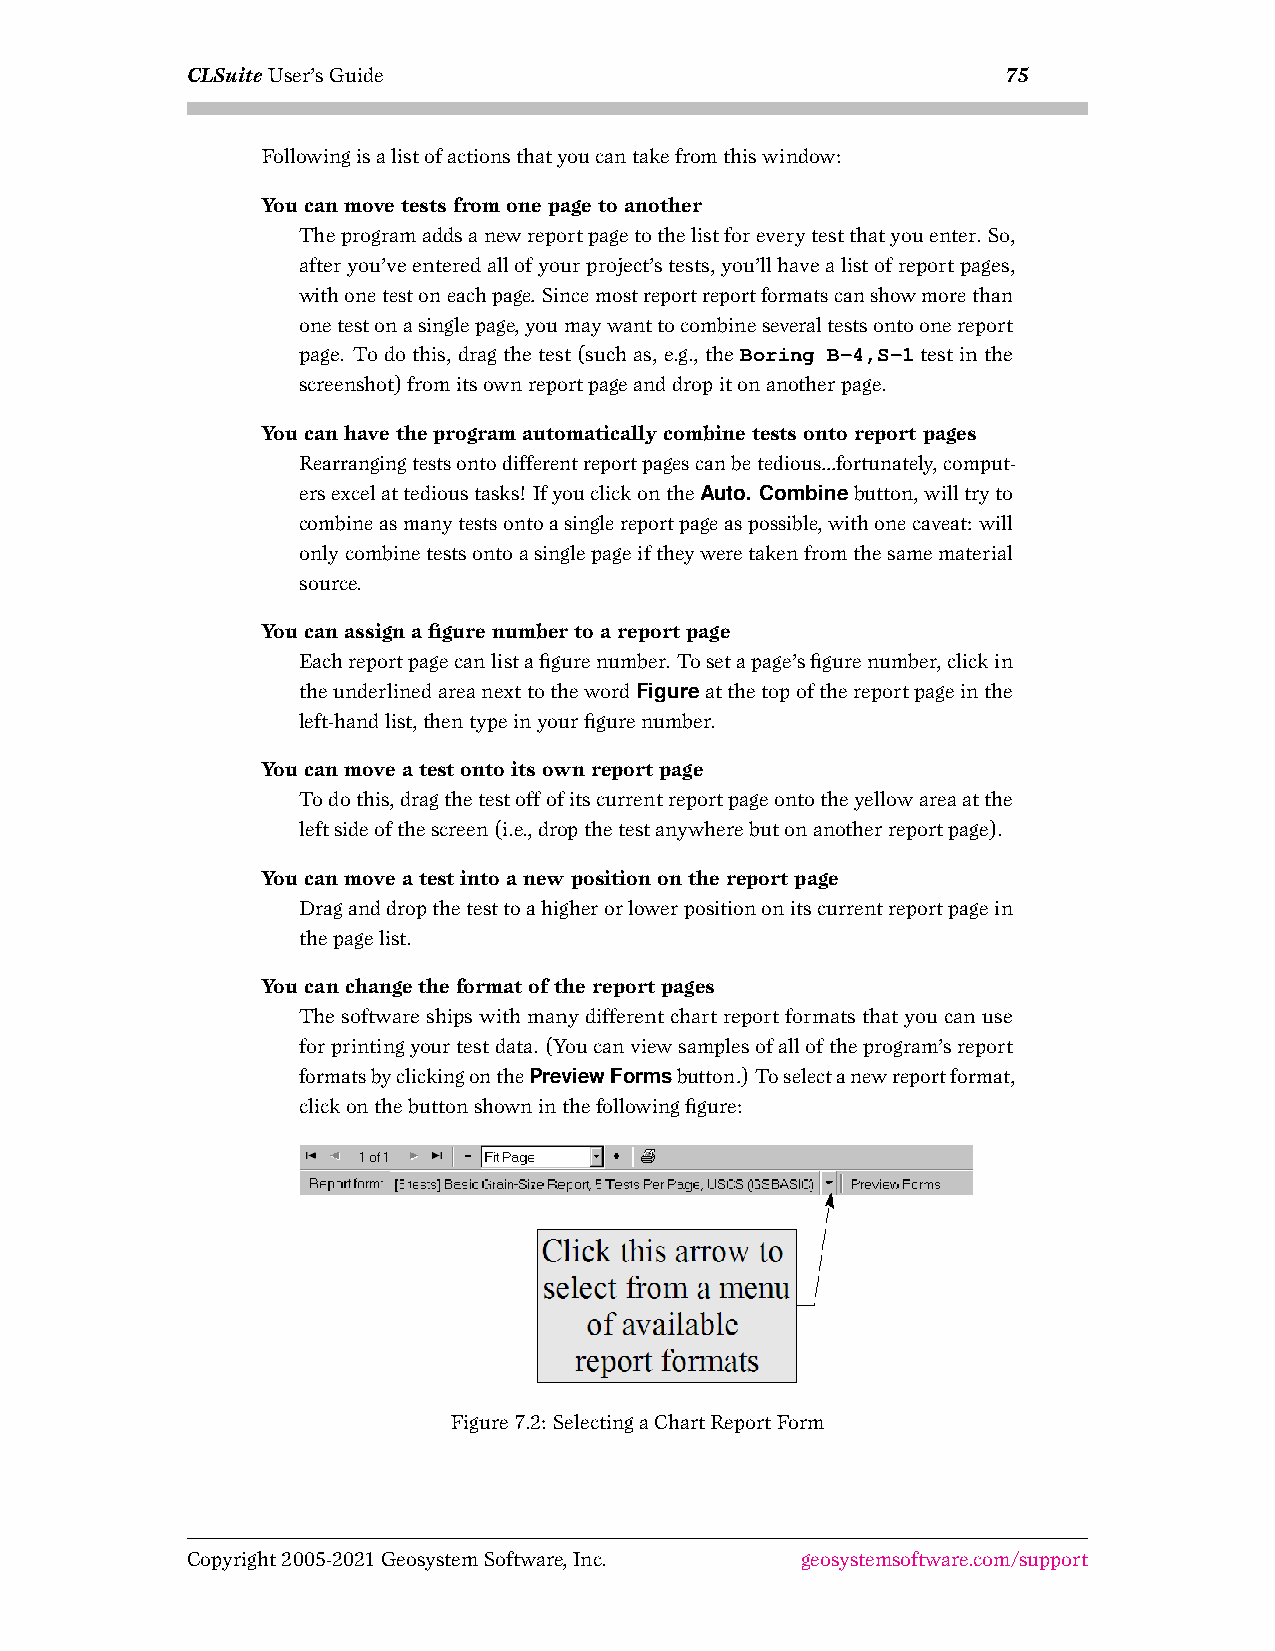
CLSuiteUser’sGuide                                     75
 Followingisalistofactionsthatyoucantakefromthiswindow:
 Youcanmovetestsfromonepagetoanother
 Theprogramaddsanewreportpagetothelistforeverytestthatyouenter. So,
 afteryou’veenteredallofyourproject’stests,you’llhavealistofreportpages,
 withonetestoneachpage. Sincemostreportreportformatscanshowmorethan
 onetestonasinglepage,youmaywanttocombineseveraltestsontoonereport
 page. Todothis,dragthetest(suchas,e.g.,theBoring B-4,S-1testinthe
 screenshot)fromitsownreportpageanddropitonanotherpage.
 Youcanhavetheprogramautomaticallycombinetestsontoreportpages
 Rearrangingtestsontodifferentreportpagescanbetedious...fortunately,comput-
 ersexcelattedioustasks! IfyouclickontheAuto. Combinebutton,willtryto
 combineasmanytestsontoasinglereportpageaspossible,withonecaveat: will
 onlycombinetestsontoasinglepageiftheyweretakenfromthesamematerial
 source.
 Youcanassignafigurenumbertoareportpage
 Eachreportpagecanlistafigurenumber. Tosetapage’sfigurenumber,clickin
 theunderlinedareanexttothewordFigureatthetopofthereportpageinthe
 left-handlist,thentypeinyourfigurenumber.
 Youcanmoveatestontoitsownreportpage
 Todothis,dragthetestoffofitscurrentreportpageontotheyellowareaatthe
 leftsideofthescreen(i.e.,dropthetestanywherebutonanotherreportpage).
 Youcanmoveatestintoanewpositiononthereportpage
 Draganddropthetesttoahigherorlowerpositiononitscurrentreportpagein
 thepagelist.
 Youcanchangetheformatofthereportpages
 Thesoftwareshipswithmanydifferentchartreportformatsthatyoucanuse
 forprintingyourtestdata. (Youcanviewsamplesofalloftheprogram’sreport
 formatsbyclickingonthePreviewFormsbutton.) Toselectanewreportformat,
 clickonthebuttonshowninthefollowingfigure:
 Figure7.2: SelectingaChartReportForm
 Copyright2005-2021GeosystemSoftware,Inc. geosystemsoftware.com/support